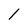
Character: 1